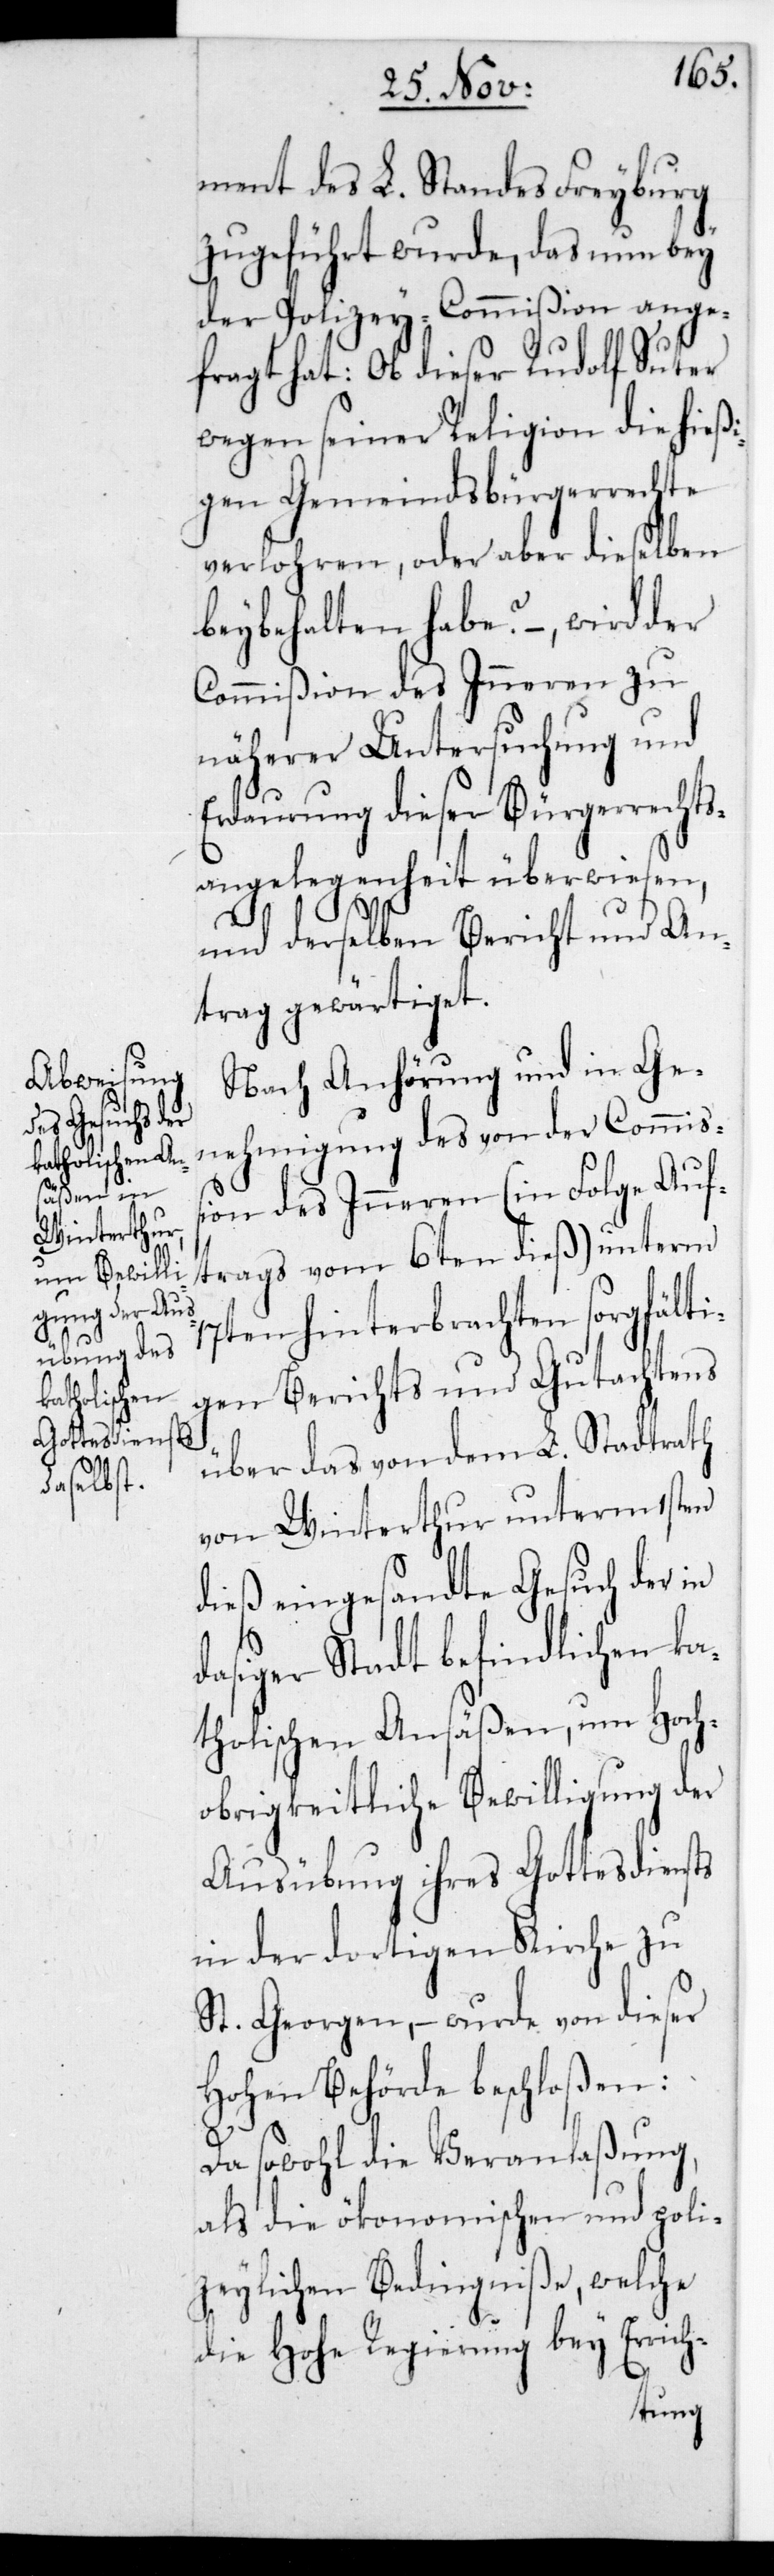
ment des L. Standes Freyburg
zugeführt wurde, das nun bey
der Polizey-Commißion ange¬
fragt hat: Ob dieser Rudolf Suter
wegen seiner Religion die hießi¬
gen Gemeindsbürgerrechte
verloren, oder aber dieselben
beybehalten habe? – wird der
Commißion des Inneren zu
näherer Untersuchung und
Erdaurung dieser Bürgerrechts¬
angelegenheit überwiesen,
und derselben Bericht und An¬
trag gewärtiget.
Nach Anhörung und in Ge¬
nehmigung des von der Commiß¬
ion des Inneren (in Folge Auf¬
trags vom 6ten dieß) unterm
17ten hinterbrachten sorgfälti¬
gen Berichts und Gutachtens
über das von dem L. Stadtrath
von Winterthur unterm 1sten
dieß eingesandte Gesuch der in
dasiger Stadt befindlichen ka¬
tholischen Ansäßen, um Hoch¬
obrigkeitliche Bewilligung der
Ausübung ihres Gottesdiensts
in der dortigen Kirche zu
St. Georgen, – wurde von dieser
Hohen Behörde beschloßen:
Da sowohl die Veranlaßung
als die ökonomischen und poli¬
zeylichen Bedingniße, welche
die Hohe Regierung bey Errich-